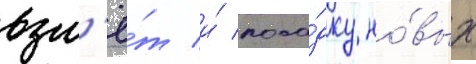
взл'ё́т и́ поса́дку но́вых